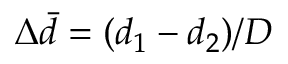
\Delta \bar { d } = ( d _ { 1 } - d _ { 2 } ) / D